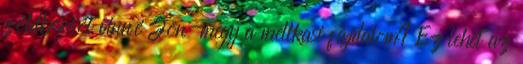
zöldborsót vinné Jön-megy a mellkasi fájdalom? Ez lehet az